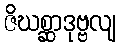
ဇိဃစ္ဆာဒုဗ္ဗလျ